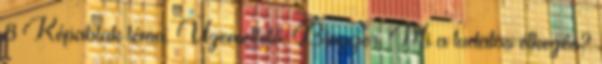
8 Képablak téma. Üzemeltető: Blogger. Mi a tudatos étkezés?